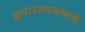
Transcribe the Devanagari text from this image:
झपाटल्याप्रमाणे